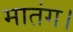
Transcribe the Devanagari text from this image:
मातंग।